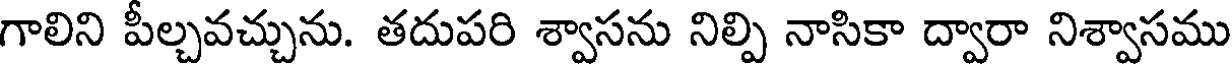
గాలిని పీల్చవచ్చును. తదుపరి శ్వాసను నిల్పి నాసికా ద్వారా నిశ్వాసము